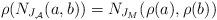
LaTeX: \begin{align*}\rho(N_{J_\mathcal{A}}(a,b))=N_{J_M}(\rho(a),\rho(b))\end{align*}